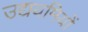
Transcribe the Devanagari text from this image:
उद्ययमियों